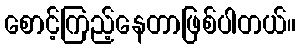
စောင့်ကြည့်နေတာဖြစ်ပါတယ်။